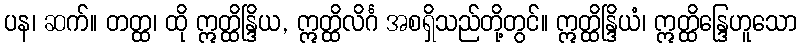
ပန၊ ဆက်။ တတ္ထ၊ ထို ဣတ္ထိန္ဒြိယ, ဣတ္ထိလိင်္ဂ အစရှိသည်တို့တွင်။ ဣတ္ထိန္ဒြိယံ၊ ဣတ္ထိန္ဒြေဟူသော